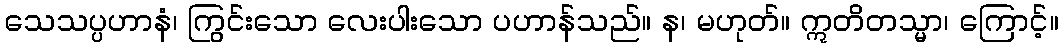
သေသပ္ပဟာနံ၊ ကြွင်းသော လေးပါးသော ပဟာန်သည်။ န၊ မဟုတ်။ ဣတိတသ္မာ၊ ကြောင့်။